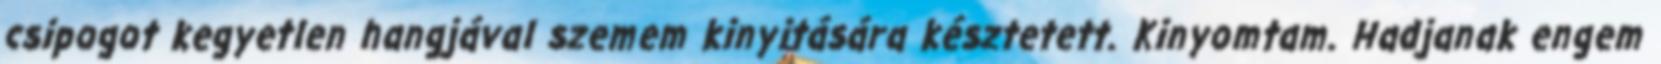
csipogot kegyetlen hangjával szemem kinyitására késztetett. Kinyomtam. Hadjanak engem